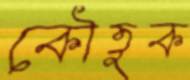
কৌতুক